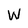
Character: W